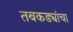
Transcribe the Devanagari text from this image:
तबकड्यांचा